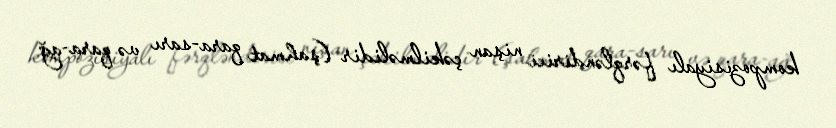
kompozisiyalı fərqləndirici nişan çəkilməlidir (şahmat qara-sarı və qara-ağ